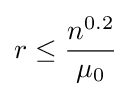
r\leq {\frac {n^{0.2}}{\mu _{0}}}